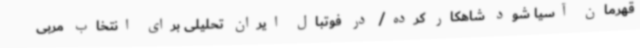
قهرمان آسیا شود شاهکار کرده/ در فوتبال ایران تحلیلی برای انتخاب مربی